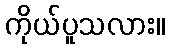
ကိုယ်ပူသလား။